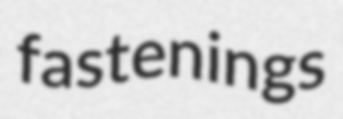
fastenings